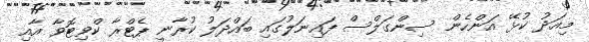
މިއަދު ކުޅޭ އަންހެން ސިންގަލްސް ފައިނަލުގައި ބައްދަލު ކުރާނީ ޕެޓްރާ ކްވިޓޮވާ އާއި